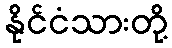
နိုင်ငံသားတို့